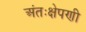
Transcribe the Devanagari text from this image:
अंतःक्षेपणी